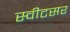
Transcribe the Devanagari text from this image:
स्वीटसर